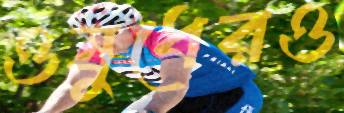
ওষুধেরও